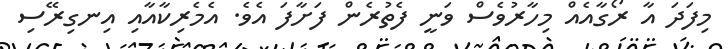
މިފަދަ އާ ރޯގާއެއް މިހާރުވެސް ވަނީ ފެތުރެން ފަށާފަ އެވެ. އެމެރިކާއާއި އިނގިރޭސި